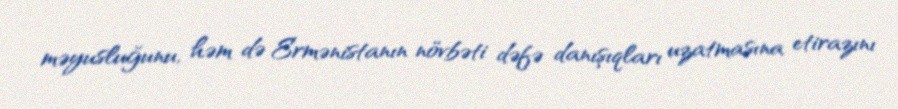
məyusluğunu, həm də Ermənistanın növbəti dəfə danışıqları uzatmasına etirazını